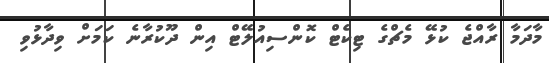
މާދަމާ ރާއްޖެ ކުޅޭ މެޗްގެ ޓިކެޓް ކޮންސިއުލޭޓް އިން ދޫކުރާނެ ކަމަށް ވިދާޅުވި